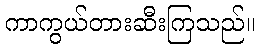
ကာကွယ်တားဆီးကြသည်။